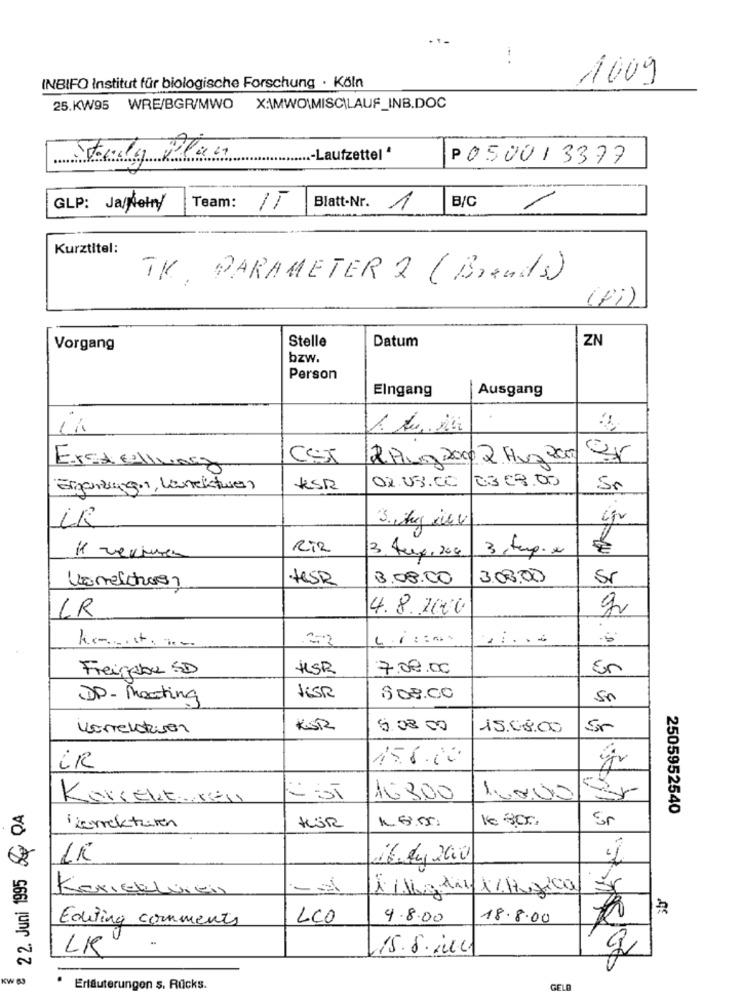
1009
INBIFO Institut für biologische Forschung · Köln
25.KW95 WRE/BGR/MWO X:\MWO\MISCILAUF_INB.DOC
Fuly Plan
.- Laufzettel *
P050013377
Blatt-Nr.
GLP: Ja/Nein/
Team:
1
1
B/C
Kurztitel:
TK. PARAMETER 2 (Brands)
(Fi)
Stelle
ZN
Vorgang
Datum
bzw.
Person
Eingang
Ausgang
1. A. Mi
Csr
2 Plung 200 2 Hus Paz
Erstellung
02.03.00
0.3 €8.00
Ergänzung .,, Lanektweg
KSR
Sr
3. Kg ilv
Riz
3.temp. x
1 vecinas
3. Aug. 200
teSR
13.08.00
3.08.00
Sr
Vonelchoro
LR
4.8.2020
Freigabe SD
HSR
7.08.00
En
DP- Meeting
JESR
808.00
Karrelativen
KGR
6.08 00
15.08.00
Sr
156.00
CR
Korrekt res
16300
1000
22. Juni 1995 & DA
2505952540
16 800
Sr
Zenekturen
KÜR
1K
il ky 200
KONIECLuiEn
LIMAN 1/1,7200
Editing comments
LCO
4.8.00
18.8.00
LK
15.8.1.4
KW 83
Erläuterungen s. Rücks.
GELD